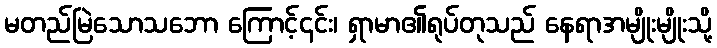
မတည်မြဲသောသဘော ကြောင့်၄င်း၊ ရှာမာ၏ရုပ်တုသည် နေရာအမျိုးမျိုးသို့